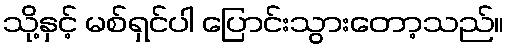
သို့နှင့် မစ်ရှင်ပါ ပြောင်းသွားတော့သည်။